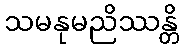
သမနုမညိဿန္တိ